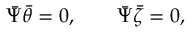
\bar { \Psi } \bar { \theta } = 0 , \qquad \bar { \Psi } \bar { \zeta } = 0 ,